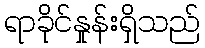
ရာခိုင်နှုန်းရှိသည်